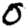
Digit: 0